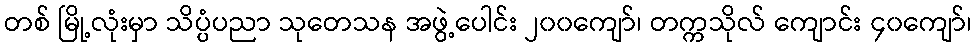
တစ် မြို့လုံးမှာ သိပ္ပံပညာ သုတေသန အဖွဲ့ပေါင်း ၂၀၀ကျော်၊ တက္ကသိုလ် ကျောင်း ၄၀ကျော်၊